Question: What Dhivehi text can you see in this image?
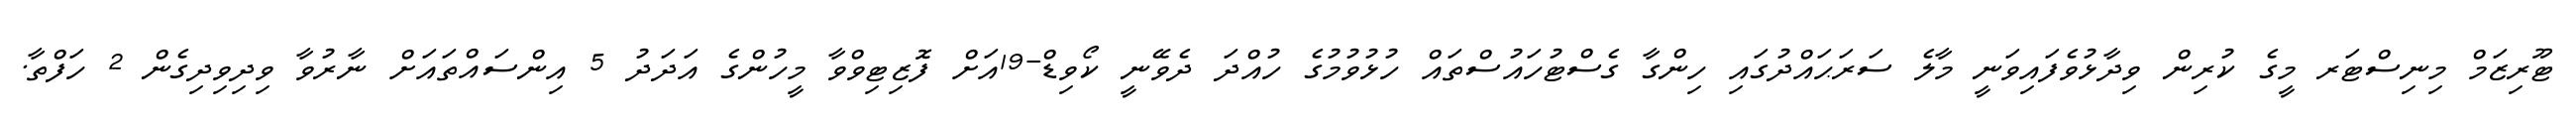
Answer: ޓޫރިޒަމް މިނިސްޓަރ މީގެ ކުރިން ވިދާޅުވެފައިވަނީ މާލެ ސަރަޙައްދުގައި ހިންގާ ގެސްޓުހައުސްތައް ހުޅުވުމުގެ ހުއްދަ ދެވޭނީ ކޯވިޑް-19އަށް ފޮޒިޓިވްވާ މީހުންގެ އަދަދު 5 އިންސައްތައަށް ނާރުވާ ވިދިވިދިގެން 2 ހަފްތާ.